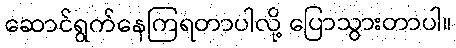
ဆောင်ရွက်နေကြရတာပါလို့ ပြောသွားတာပါ။